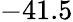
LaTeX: -41.5